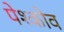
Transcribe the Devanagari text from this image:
पेश्कोव